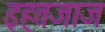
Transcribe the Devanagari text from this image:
इहतजाज